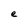
Character: e